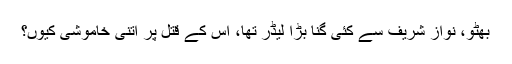
بھٹو، نواز شریف سے کئی گنا بڑا لیڈر تھا، اس کے قتل پر اتنی خاموشی کیوں؟